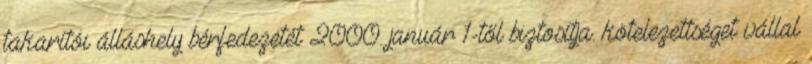
takarítói álláshely bérfedezetét 2000. január 1-től biztosítja. kötelezettséget vállal